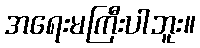
အရေးမကြီးပါဘူး။